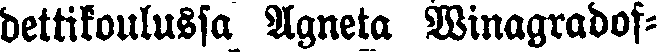
dettikoulussa Agneta Winagradof-